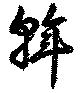
斡